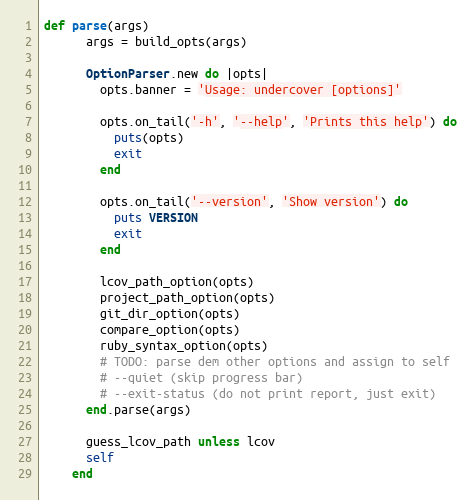
Language: Ruby
def parse(args)
      args = build_opts(args)

      OptionParser.new do |opts|
        opts.banner = 'Usage: undercover [options]'

        opts.on_tail('-h', '--help', 'Prints this help') do
          puts(opts)
          exit
        end

        opts.on_tail('--version', 'Show version') do
          puts VERSION
          exit
        end

        lcov_path_option(opts)
        project_path_option(opts)
        git_dir_option(opts)
        compare_option(opts)
        ruby_syntax_option(opts)
        # TODO: parse dem other options and assign to self
        # --quiet (skip progress bar)
        # --exit-status (do not print report, just exit)
      end.parse(args)

      guess_lcov_path unless lcov
      self
    end